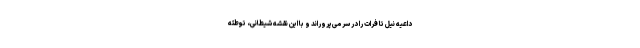
داعیه نیل تا فرات را در سر می‌پروراند و با این نقشه شیطانی، توطئه